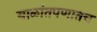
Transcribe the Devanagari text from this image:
बाळांतपणातच